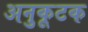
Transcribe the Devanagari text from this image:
अनुकूटक